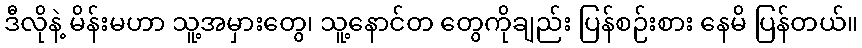
ဒီလိုနဲ့ မိန်းမဟာ သူ့အမှားတွေ၊ သူ့နောင်တ တွေကိုချည်း ပြန်စဉ်းစား နေမိ ပြန်တယ်။